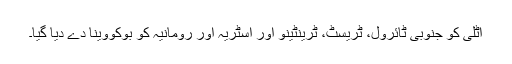
اٹلی کو جنوبی ٹائرول، ٹریسٹ، ٹرینٹینو اور آسٹریہ اور رومانیہ کو بوکووینا دے دیا گيا۔